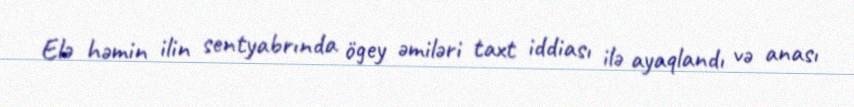
Elə həmin ilin sentyabrında ögey əmiləri taxt iddiası ilə ayaqlandı və anası